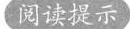
阅读提示